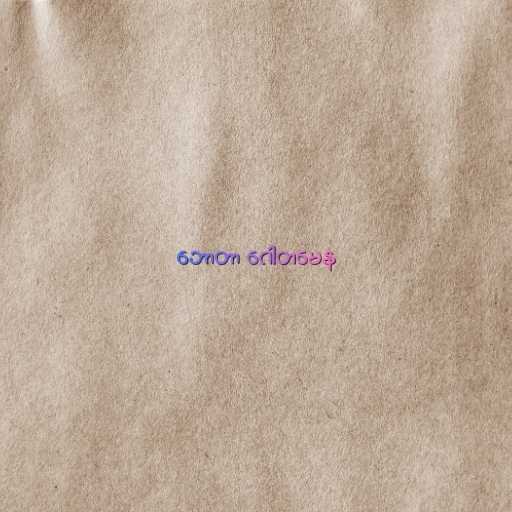
ဘောတာ ဂေါတမေန